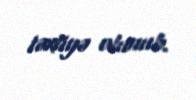
təxliyə olunub.